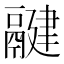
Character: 𩱃